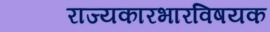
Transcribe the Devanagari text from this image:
राज्यकारभारविषयक